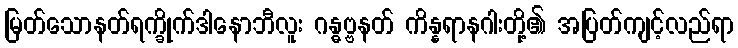
မြတ်သောနတ်ရက္ခိုက်ဒါနောဘီလူး ဂန္ဓဗ္ဗနတ် ကိန္နရာနဂါးတို့၏ အပြတ်ကျင့်လည်ရာ